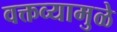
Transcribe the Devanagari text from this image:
वक्तव्यामुळे